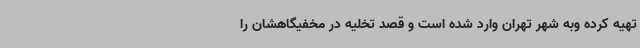
تهیه کرده وبه شهر تهران وارد شده است و قصد تخلیه در مخفیگاهشان را